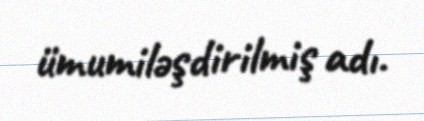
ümumiləşdirilmiş adı.